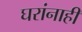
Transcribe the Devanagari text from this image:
घरांनाही